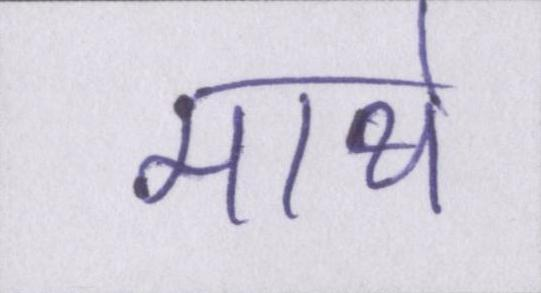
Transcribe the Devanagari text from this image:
माथे